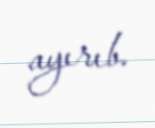
ayırıb.